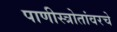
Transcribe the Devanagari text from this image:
पाणीस्त्रोतांवरचे